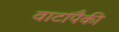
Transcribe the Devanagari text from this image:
वाटांपैकी